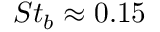
S t _ { b } \approx 0 . 1 5